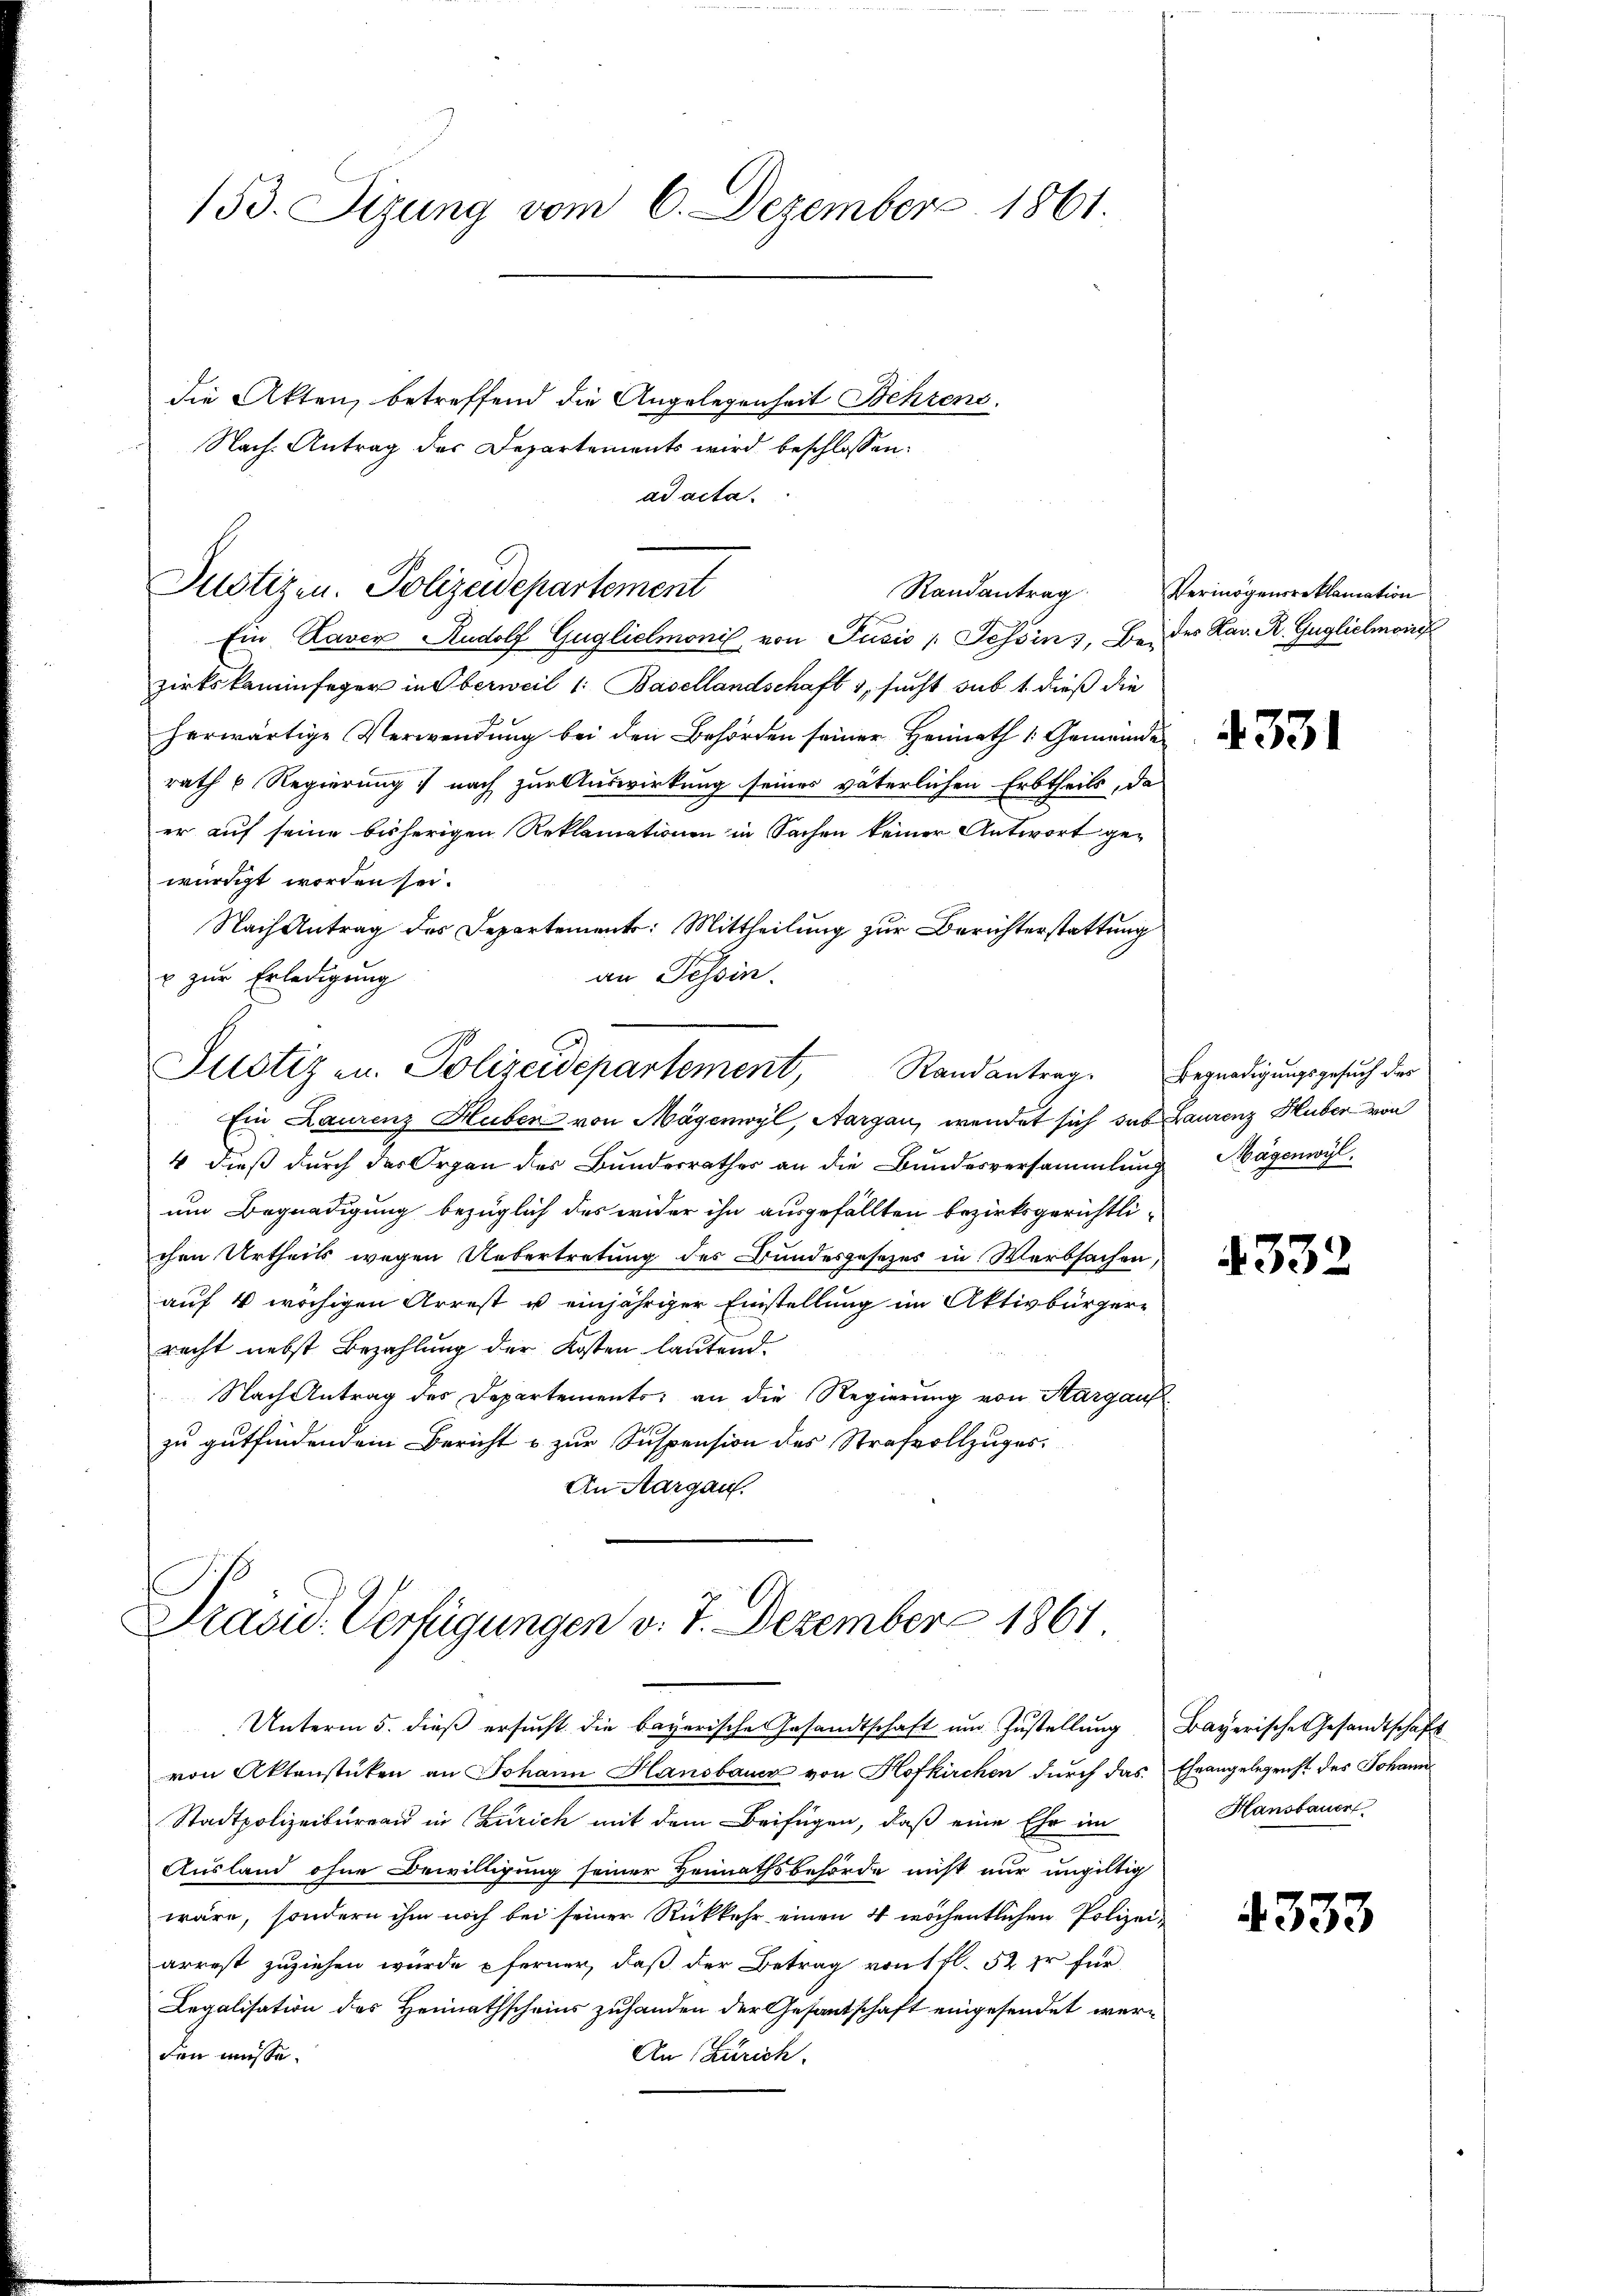
153. Sizung vom 6. Dezember 1861.

die Akten, betreffend die Angelegenheit Behrens,
Nach Antrag des Departements wird beschlossen:

ad acta.

Justizen. Polizeidepartement
Randantrag

Ein Raver Rudolf Gugliemonis von Pusić / Tessin, Be- des Xav. R. Guglichmon
zirkskaminfeger in Oberweil 1: Basellandschaft 3, sucht sub 1 dieß die
herwärtige Verwendung bei den Behörden seiner Heimath 1 Gemeinde
rath 6 Regierung nach zur Auswirkung seines väterlichen Erbtheils, das
er auf seine bisherigen Reklamationen in Sachen keiner Antwort gewürdigt worden sei.
Nach Antrag des Departement: Mittheilung zur Berichterstattung
an Tessin.
c zur Erledigung
Ein Laurenz Huber von Mägenwyl, Aargau, wendet sich das Laurenz Huber von
4 dieß durch das Organ des Bundesrathes an die Bundesversammlung Mägenwyl
um Begnadigung bezüglich des wider ihn ausgefällten bezirksgerichtlichen Urtheils wegen Uebertretung des Bundesgesezes in Werbsachen,
auf 4 wöchigen Arrest u einjähriger Einstellung im Aktivbürger-
recht nebst Bezahlung der Kosten lautend.
Nach Antrag des Departements, an die Regierung von Margaufe
zu gutfindendem Bericht u. zur Suspension des Strafvollzuges.
An Aargau.

Justiz u. Polizeidepartement,
Randantrag.

Präsid. Verfügungen v. 7. Dezember 1861

Unterm 5. dieß ersucht die bayerische Gesandtschaft und Zustellung
von Aktenstücken an Johann Hansbauer von Hofkirchen durch das Eheangelegricht des Johann
Stadtpolizeibureau in Zürich mit dem Beifügen, daß eine Ehr im
Ausland ohne Bewilligung seiner Heimathsbehörde nicht nur ungültig
wäre, sondern ihm noch bei seiner Rückkehr einen 4 wöchentlichen Polizeiarrest zuziehen würde ferner, daß der Betrag von 1 fl. 52 fr für
Legalisation des Heimathscheins zuhanden der Gesantschaft eingesendet werden müsse.
An Zürich.

Vermögensreklamation

4331

Begnadigungsgesuch des

4332

Bayerische Gesandtschaft
Hansbauer

4333